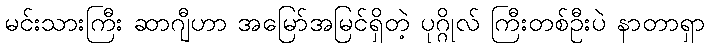
မင်းသားကြီး ဆာဂျီဟာ အမြော်အမြင်ရှိတဲ့ ပုဂ္ဂိုလ် ကြီးတစ်ဦးပဲ နာတာရှာ